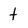
Character: t